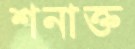
শনাক্ত